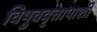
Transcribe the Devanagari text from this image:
विषुववृत्तापाशी